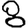
Digit: 8